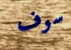
سوف